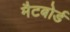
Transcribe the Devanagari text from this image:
मैटबोर्ड